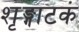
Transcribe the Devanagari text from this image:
शृङ्गाटकं